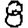
Digit: 8